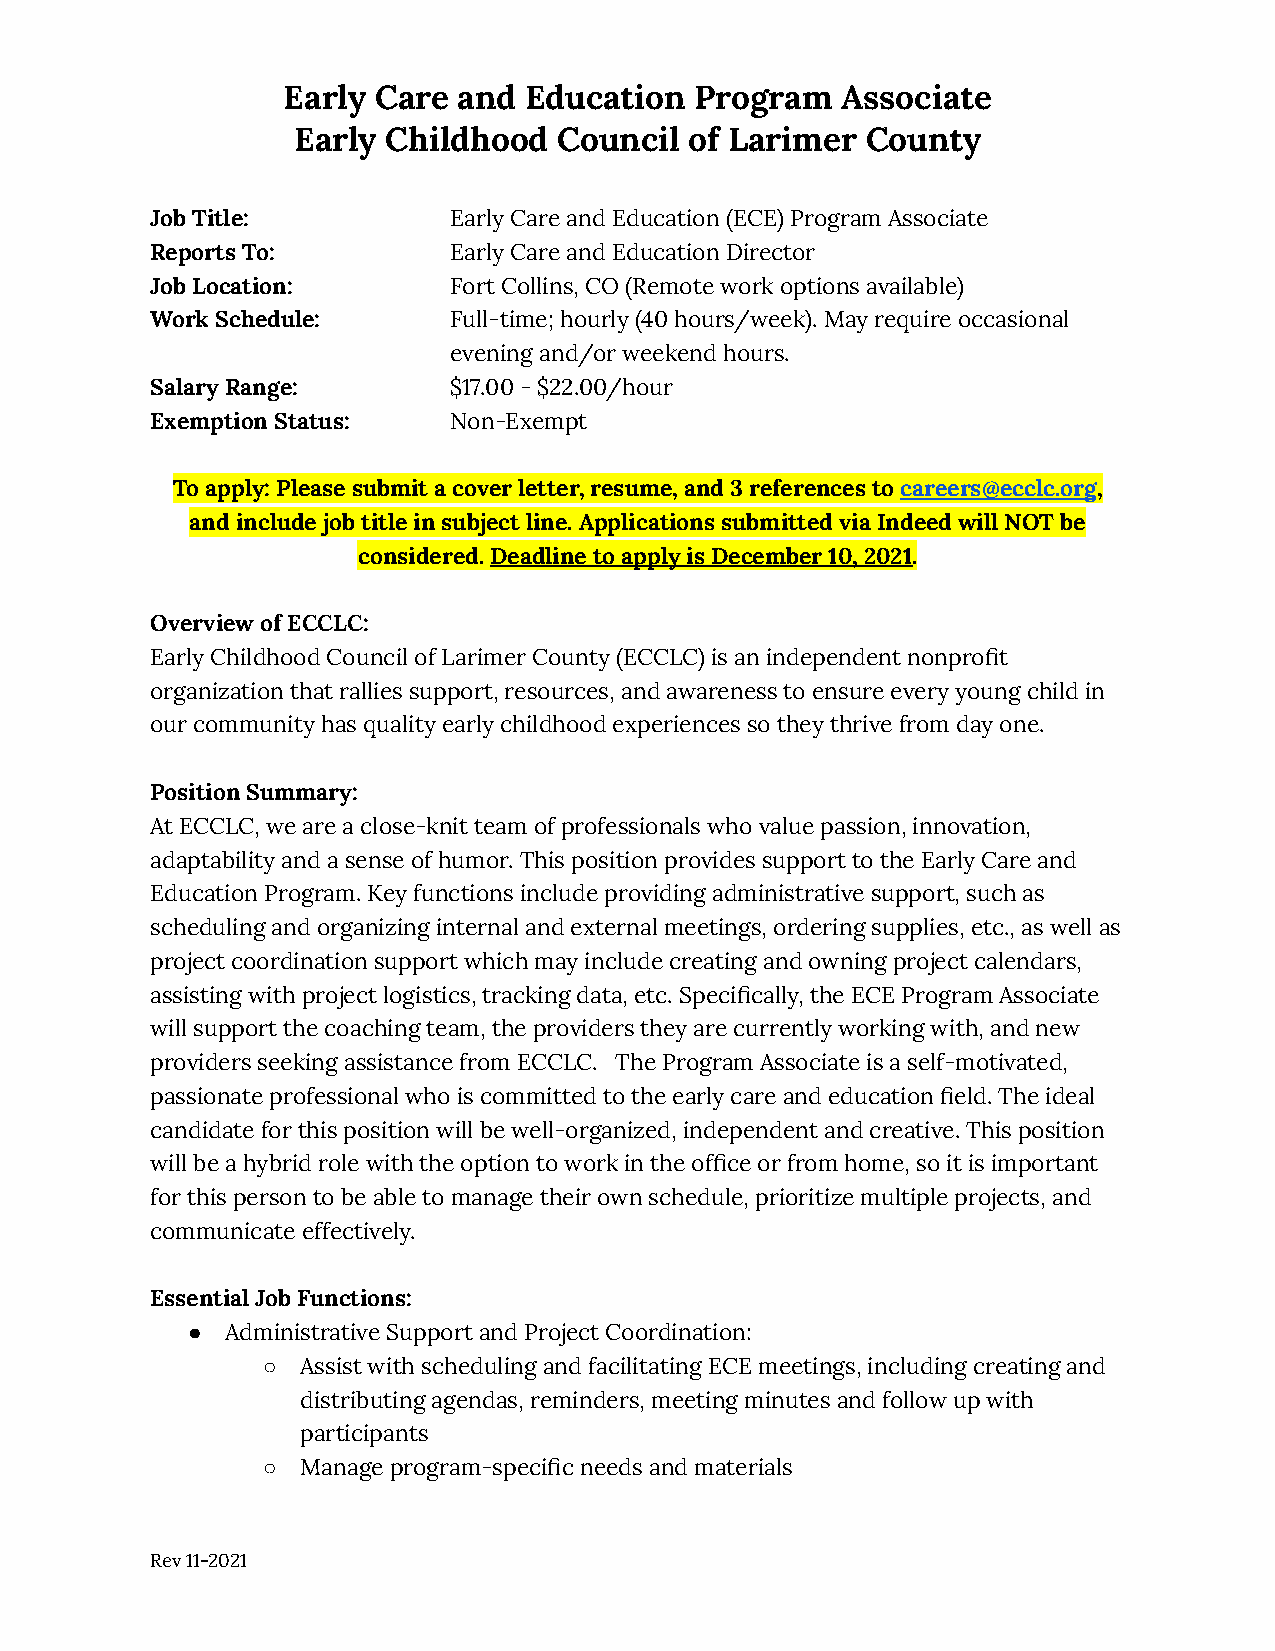
Early Care and  Education  Program   Associate
 Early  Childhood  Council  of Larimer County
 Job Title:          Early Care and Education (ECE)Program Associate
 Reports To:         Early Care and Education Director
 Job Location:       Fort Collins, CO (Remote work optionsavailable)
 Work Schedule:      Full-time; hourly (40 hours/week).May require occasional
 evening and/or weekend hours.
 Salary Range:       $17.00 - $22.00/hour
 Exemption Status:   Non-Exempt
 To apply: Please submit a cover letter, resume, and 3 references tocareers@ecclc.org,
 and include job title in subject line. Applications submitted via Indeed will NOT be
 considered.Deadline to apply is December 10, 2021.
 Overview of ECCLC:
 Early Childhood Council of Larimer County (ECCLC) is an independent nonprofit
 organization that rallies support, resources, and awareness to ensure every young child in
 our community has quality early childhood experiences so they thrive from day one.
 Position Summary:
 At ECCLC, we are a close-knit team of professionals who value passion, innovation,
 adaptability and a sense of humor. This position provides support to the Early Care and
 Education Program. Key functions include providing administrative support, such as
 scheduling and organizing internal and external meetings, ordering supplies, etc., as well as
 project coordination support which may include creating and owning project calendars,
 assisting with project logistics, tracking data, etc. Specifically, the ECE Program Associate
 will support the coaching team, the providers they are currently working with, and new
 providers seeking assistance from ECCLC. The Program Associate is a self-motivated,
 passionate professional who is committed to the early care and education field. The ideal
 candidate for this position will be well-organized, independent and creative. This position
 will be a hybrid role with the option to work in the office or from home, so it is important
 for this person to be able to manage their own schedule, prioritize multiple projects, and
 communicate effectively.
 Essential Job Functions:
 ●  Administrative Support and Project Coordination:
 ○  Assist with scheduling and facilitating ECE meetings, including creating and
 distributing agendas, reminders, meeting minutes and follow up with
 participants
 ○  Manage program-specific needs and materials
 Rev 11-2021